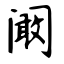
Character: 阚